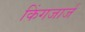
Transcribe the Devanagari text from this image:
किंगजार्ज